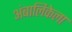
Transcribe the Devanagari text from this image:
अंबालिकेला